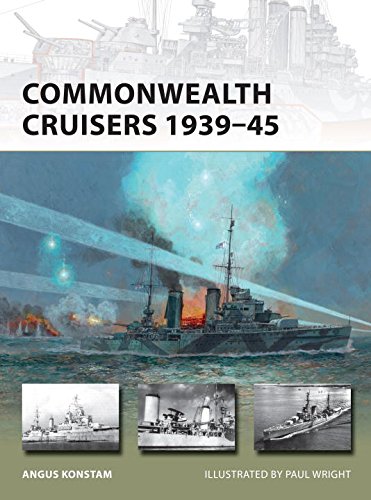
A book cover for Commonwealth Cruisers 1939-45 (New Vanguard); Angus Konstam; History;